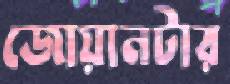
জোয়ানটার